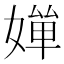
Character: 𡠐